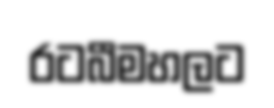
රටබීමහලට